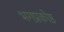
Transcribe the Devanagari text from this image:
भगप्रकोष्ठ